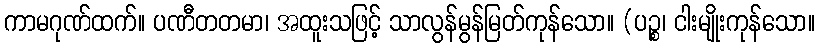
ကာမဂုဏ်ထက်။ ပဏီတတမာ၊ အထူးသဖြင့် သာလွန်မွန်မြတ်ကုန်သော။ (ပဉ္စ၊ ငါးမျိုးကုန်သော။